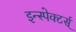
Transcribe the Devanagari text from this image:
इन्स्पेक्टर्स्